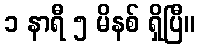
၁ နာရီ ၅ မိနစ် ရှိပြီ။